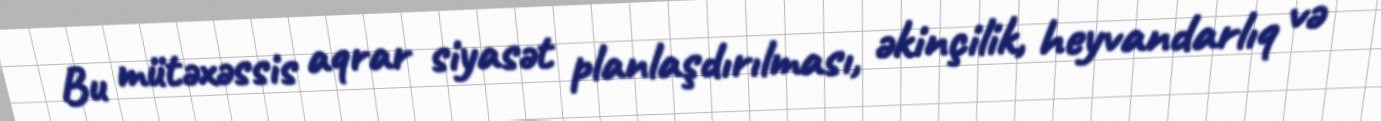
Bu mütəxəssis aqrar siyasət planlaşdırılması, əkinçilik, heyvandarlıq və